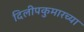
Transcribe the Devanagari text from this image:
दिलीपकुमारच्या